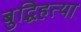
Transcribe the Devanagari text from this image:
बुद्धिहत्या